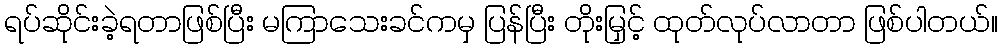
ရပ်ဆိုင်းခဲ့ရတာဖြစ်ပြီး မကြာသေးခင်ကမှ ပြန်ပြီး တိုးမြှင့် ထုတ်လုပ်လာတာ ဖြစ်ပါတယ်။